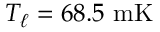
T _ { \ell } = 6 8 . 5 \ \mathrm { m K }